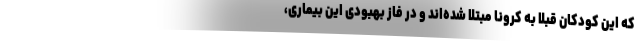
که این کودکان قبلا به کرونا مبتلا شده‌اند و در فاز بهبودی این بیماری،